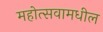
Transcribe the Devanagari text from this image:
महोत्सवामधील